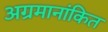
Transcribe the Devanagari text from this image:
अग्रमानांकित